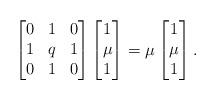
LaTeX: \begin{align*}\begin{bmatrix}0&1&0\\1&q&1\\0&1&0\end{bmatrix}\begin{bmatrix}1\\ \mu\\1\end{bmatrix} = \mu\begin{bmatrix}1\\ \mu\\1\end{bmatrix}.\end{align*}